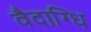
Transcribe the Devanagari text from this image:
वैदाग्धि